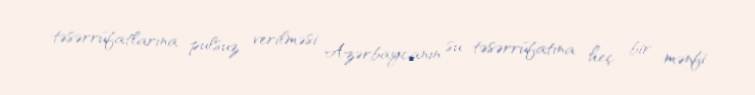
təsərrüfatlarına pulsuz verilməsi Azərbaycanın su təsərrüfatına heç bir mənfi